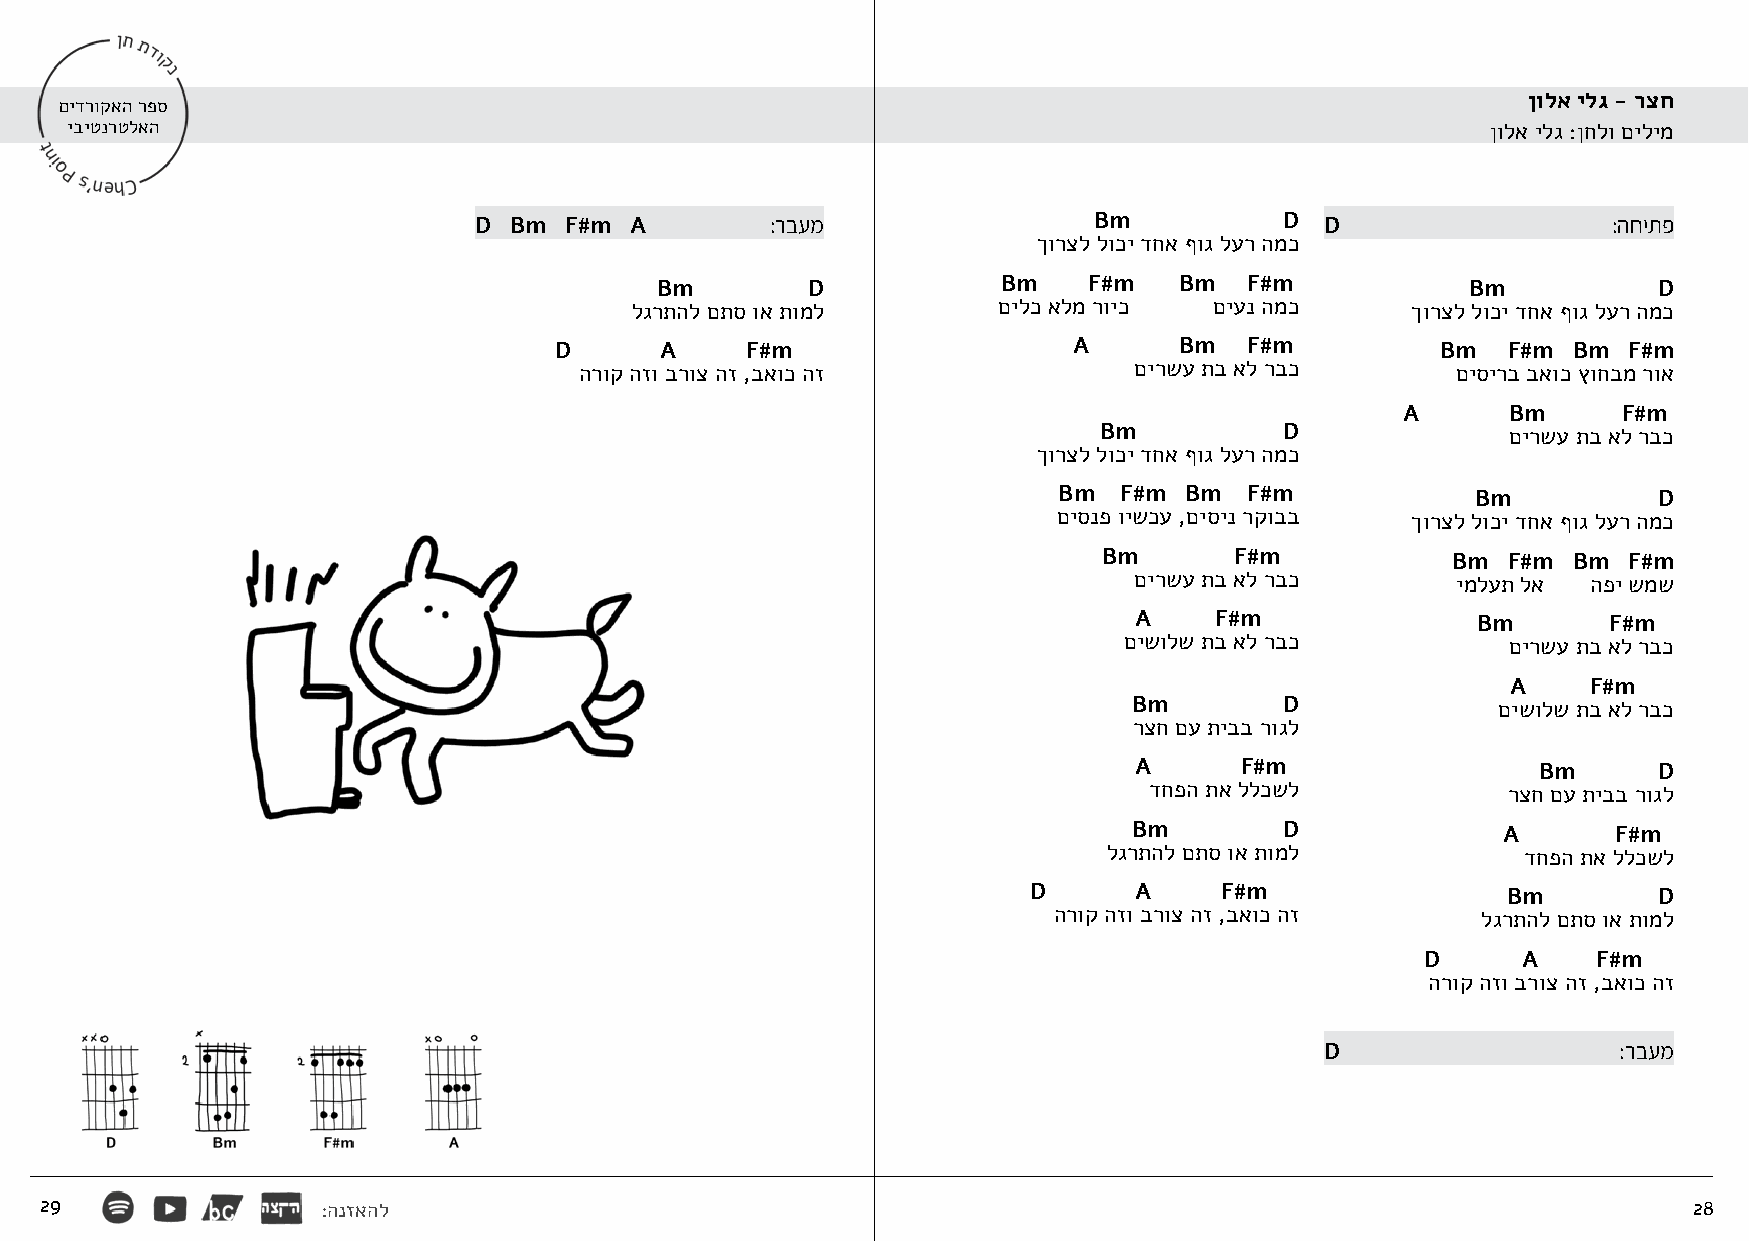
ןולא ילג - רצח
 םידרוקאה רפס
 יביטנרטלאה                                                                                     ןולא ילג :ןחלו םילימ
 D  Bm F#m  A        :רבעמ                Bm           D  D                  :החיתפ
 ךורצל לוכי דחא ףוג לער המכ
 Bm        D            Bm    F#m   Bm   F#m           Bm           D
 לגרתהל םתס וא תומל      םילכ אלמ רויכ םיענ המכ     ךורצל לוכי דחא ףוג לער המכ
 D      A    F#m                   A      Bm   F#m         Bm   F#m Bm  F#m
 הרוק הזו ברוצ הז ,באוכ הז            םירשע תב אל רבכ      םיסירב באוכ ץוחבמ רוא
 A      Bm     F#m
 Bm          D              םירשע תב אל רבכ
 ךורצל לוכי דחא ףוג לער המכ
 Bm  F#m Bm   F#m            Bm          D
 םיסנפ וישכע ,םיסינ רקובב ךורצל לוכי דחא ףוג לער המכ
 Bm       F#m           Bm  F#m Bm  F#m
 םירשע תב אל רבכ      ימלעת לא הפי שמש
 A    F#m               Bm      F#m
 םישולש תב אל רבכ          םירשע תב אל רבכ
 A    F#m
 Bm        D             םישולש תב אל רבכ
 רצח םע תיבב רוגל
 A      F#m                 Bm      D
 דחפה תא ללכשל           רצח םע תיבב רוגל
 Bm        D             A       F#m
 לגרתהל םתס וא תומל          דחפה תא ללכשל
 D      A     F#m                Bm        D
 הרוק הזו ברוצ הז ,באוכ הז   לגרתהל םתס וא תומל
 D      A    F#m
 הרוק הזו ברוצ הז ,באוכ הז
 D                  :רבעמ
 29                :הנזאהל                                                                                    28